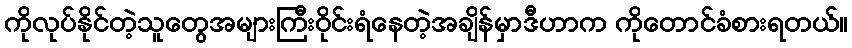
ကိုလုပ်နိုင်တဲ့သူတွေအများကြီးဝိုင်းရံနေတဲ့အချိန်မှာဒီဟာက ကိုတောင်ခံစားရတယ်။